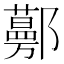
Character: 𨟔